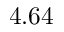
4 . 6 4